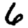
Digit: 6